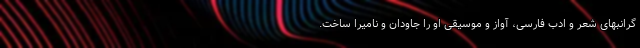
گرانبهای شعر و ادب فارسی، آواز و موسیقی او را جاودان و نامیرا ساخت.